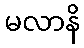
မလာနိ